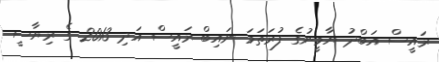
ރައީސް އަބްދު ޔާމީނުގެ ފުރަތަމަ ނައިބް ރައީސް އަދި 2013 ގެ ރިޔާސީ